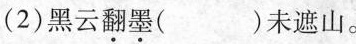
(2)黑云翻墨( )未遮山。